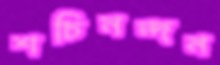
শচিনন্দন